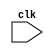
`timescale 1ns / 1ps
//////////////////////////////////////////////////////////////////////////////////
// Company: 
// Engineer: 
// 
// Design Name: 
// Module Name:    Matrix_Inverse_Verilog 
// Project Name: 
// Target Devices: 
// Tool versions: 
// Description: 
//
// Dependencies: 
//
// Revision: 
// Revision 0.01 - File Created
// Additional Comments: 
//
//////////////////////////////////////////////////////////////////////////////////
module Matrix_Inverse_Verilog(clk
    );
	 
	 
input clk;
reg [31:0] mat[49:0];
reg error_flag;
reg [31:0] temp;

initial begin
mat[0] = 1;
mat[1] = 0;
mat[2] = 0;
mat[3] = 0;
mat[4] = 1;
mat[5] = 1;
mat[6] = 0;
mat[7] = 0;
mat[8] = 0;
mat[9] = 0;
mat[10] = 0;
mat[11] = 1;
mat[12] = 3;
mat[13] = 0;
mat[14] = 0;
mat[15] = 0;
mat[16] = 1;
mat[17] = 0;
mat[18] = 0;
mat[19] = 0;
mat[20] = 0;
mat[21] = 0;
mat[22] = 1;
mat[23] = 0;
mat[24] = 0;
mat[25] = 0;
mat[26] = 0;
mat[27] = 1;
mat[28] = 0;
mat[29] = 0;
mat[30] = 0;
mat[31] = 1;
mat[32] = 0;
mat[33] = 1;
mat[34] = 0;
mat[35] = 0;
mat[36] = 0;
mat[37] = 0;
mat[38] = 1;
mat[39] = 0;
mat[40] = 0;
mat[41] = 0;
mat[42] = 0;
mat[43] = 0;
mat[44] = 1;
mat[45] = 0;
mat[46] = 0;
mat[47] = 0;
mat[48] = 0;
mat[49] = 1;
end

//Row1
always@(posedge clk)
begin
	if(mat[0] == 0)
	begin
		if(mat[10] == 0)
		begin
			if(mat[20] == 0)
			begin
				if(mat[30] == 0)
				begin
					if(mat[40] == 0)
					begin
						error_flag = 1'b1;
					end
					
					else
					begin
						temp = mat[40];
						mat[40]= mat[0];
						mat[0]=temp;
						
						
						temp = mat[41];
						mat[41]= mat[1];
						mat[1]=temp;
						
						
						temp = mat[42];
						mat[42]= mat[2];
						mat[2]=temp;
						
						
						temp = mat[43];
						mat[43]= mat[3];
						mat[3]=temp;
						
						
						temp = mat[44];
						mat[44]= mat[4];
						mat[4]=temp;
						
						
						temp = mat[45];
						mat[45]= mat[5];
						mat[5]=temp;
						
						
						temp = mat[46];
						mat[46]= mat[6];
						mat[6]=temp;
						
						
						temp = mat[47];
						mat[47]= mat[7];
						mat[7]=temp;
						
						
						temp = mat[48];
						mat[48]= mat[8];
						mat[8]=temp;
						
						
						temp = mat[49];
						mat[49]= mat[9];
						mat[9]=temp;
						
					end
				end
				
				else
				begin
						temp = mat[30];
						mat[30]= mat[0];
						mat[0]=temp;
						
						
						temp = mat[31];
						mat[31]= mat[1];
						mat[1]=temp;
						
						
						temp = mat[32];
						mat[32]= mat[2];
						mat[2]=temp;
						
						
						temp = mat[33];
						mat[33]= mat[3];
						mat[3]=temp;
						
						
						temp = mat[34];
						mat[34]= mat[4];
						mat[4]=temp;
						
						
						temp = mat[35];
						mat[35]= mat[5];
						mat[5]=temp;
						
						
						temp = mat[36];
						mat[36]= mat[6];
						mat[6]=temp;
						
						
						temp = mat[37];
						mat[37]= mat[7];
						mat[7]=temp;
						
						
						temp = mat[38];
						mat[38]= mat[8];
						mat[8]=temp;
						
						
						temp = mat[39];
						mat[39]= mat[9];
						mat[9]=temp;
				end
			end
			
			else
			begin
						temp = mat[20];
						mat[20]= mat[0];
						mat[0]=temp;
						
						
						temp = mat[21];
						mat[21]= mat[1];
						mat[1]=temp;
						
						
						temp = mat[22];
						mat[22]= mat[2];
						mat[2]=temp;
						
						
						temp = mat[23];
						mat[23]= mat[3];
						mat[3]=temp;
						
						
						temp = mat[24];
						mat[24]= mat[4];
						mat[4]=temp;
						
						
						temp = mat[25];
						mat[25]= mat[5];
						mat[5]=temp;
						
						
						temp = mat[26];
						mat[26]= mat[6];
						mat[6]=temp;
						
						
						temp = mat[27];
						mat[27]= mat[7];
						mat[7]=temp;
						
						
						temp = mat[28];
						mat[28]= mat[8];
						mat[8]=temp;
						
						
						temp = mat[29];
						mat[29]= mat[9];
						mat[9]=temp;
			end
		end
		
		else
		begin
						temp = mat[10];
						mat[10]= mat[0];
						mat[0]=temp;
						
						
						temp = mat[11];
						mat[11]= mat[1];
						mat[1]=temp;
						
						
						temp = mat[12];
						mat[12]= mat[2];
						mat[2]=temp;
						
						
						temp = mat[13];
						mat[13]= mat[3];
						mat[3]=temp;
						
						
						temp = mat[14];
						mat[14]= mat[4];
						mat[4]=temp;
						
						
						temp = mat[15];
						mat[15]= mat[5];
						mat[5]=temp;
						
						
						temp = mat[16];
						mat[16]= mat[6];
						mat[6]=temp;
						
						
						temp = mat[17];
						mat[17]= mat[7];
						mat[7]=temp;
						
						
						temp = mat[18];
						mat[18]= mat[8];
						mat[8]=temp;
						
						
						temp = mat[19];
						mat[19]= mat[9];
						mat[9]=temp;
		end	
	end


//Column 1 to be made zero


	
	mat[11] = mat[0] * mat[11] - mat[10] * mat[1];
	mat[12] = mat[0] * mat[12] - mat[10] * mat[2];
	mat[13] = mat[0] * mat[13] - mat[10] * mat[3];
	mat[14] = mat[0] * mat[14] - mat[10] * mat[4];
	mat[15] = mat[0] * mat[15] - mat[10] * mat[5];
	mat[16] = mat[0] * mat[16] - mat[10] * mat[6];
	mat[17] = mat[0] * mat[17] - mat[10] * mat[7];
	mat[18] = mat[0] * mat[18] - mat[10] * mat[8];
	mat[19] = mat[0] * mat[19] - mat[10] * mat[9];
	mat[10] = mat[0] * mat[10] - mat[10] * mat[0];
	
	
	mat[21] = mat[0] * mat[21] - mat[20] * mat[1];
	mat[22] = mat[0] * mat[22] - mat[20] * mat[2];
	mat[23] = mat[0] * mat[23] - mat[20] * mat[3];
	mat[24] = mat[0] * mat[24] - mat[20] * mat[4];
	mat[25] = mat[0] * mat[25] - mat[20] * mat[5];
	mat[26] = mat[0] * mat[26] - mat[20] * mat[6];
	mat[27] = mat[0] * mat[27] - mat[20] * mat[7];
	mat[28] = mat[0] * mat[28] - mat[20] * mat[8];
	mat[29] = mat[0] * mat[29] - mat[20] * mat[9];
	mat[20] = mat[0] * mat[20] - mat[20] * mat[0];

	
	mat[31] = mat[0] * mat[31] - mat[30] * mat[1];
	mat[32] = mat[0] * mat[32] - mat[30] * mat[2];
	mat[33] = mat[0] * mat[33] - mat[30] * mat[3];
	mat[34] = mat[0] * mat[34] - mat[30] * mat[4];
	mat[35] = mat[0] * mat[35] - mat[30] * mat[5];
	mat[36] = mat[0] * mat[36] - mat[30] * mat[6];
	mat[37] = mat[0] * mat[37] - mat[30] * mat[7];
	mat[38] = mat[0] * mat[38] - mat[30] * mat[8];
	mat[39] = mat[0] * mat[39] - mat[30] * mat[9];	
	mat[30] = mat[0] * mat[30] - mat[30] * mat[0];
	
	
	mat[41] = mat[0] * mat[41] - mat[40] * mat[1];
	mat[42] = mat[0] * mat[42] - mat[40] * mat[2];
	mat[43] = mat[0] * mat[43] - mat[40] * mat[3];
	mat[44] = mat[0] * mat[44] - mat[40] * mat[4];
	mat[45] = mat[0] * mat[45] - mat[40] * mat[5];
	mat[46] = mat[0] * mat[46] - mat[40] * mat[6];
	mat[47] = mat[0] * mat[47] - mat[40] * mat[7];
	mat[48] = mat[0] * mat[48] - mat[40] * mat[8];
	mat[49] = mat[0] * mat[49] - mat[40] * mat[9];
	mat[40] = mat[0] * mat[40] - mat[40] * mat[0];

//Row2
	if(mat[11] == 0)
	begin
		if(mat[21] == 0)
		begin
			if(mat[31] == 0)
			begin
				if(mat[41] == 0)
				begin
					error_flag = 1'b1;
				end
				
				else
				begin
						temp = mat[40];
						mat[40]= mat[10];
						mat[10]=temp;
						
						
						temp = mat[41];
						mat[41]= mat[11];
						mat[11]=temp;
						
						
						temp = mat[42];
						mat[42]= mat[12];
						mat[12]=temp;
						
						
						temp = mat[43];
						mat[43]= mat[13];
						mat[13]=temp;
						
						
						temp = mat[44];
						mat[44]= mat[14];
						mat[14]=temp;
						
						
						temp = mat[45];
						mat[45]= mat[15];
						mat[15]=temp;
						
						
						temp = mat[46];
						mat[46]= mat[16];
						mat[16]=temp;
						
						
						temp = mat[47];
						mat[47]= mat[17];
						mat[17]=temp;
						
						
						temp = mat[48];
						mat[48]= mat[18];
						mat[18]=temp;
						
						
						temp = mat[49];
						mat[49]= mat[19];
						mat[19]=temp;					
				end
			end
			
			else
			begin
					temp = mat[30];
					mat[30]= mat[10];
					mat[10]=temp;
					
					
					temp = mat[31];
					mat[31]= mat[11];
					mat[11]=temp;
					
					
					temp = mat[32];
					mat[32]= mat[12];
					mat[12]=temp;
					
					
					temp = mat[33];
					mat[33]= mat[13];
					mat[13]=temp;
					
					
					temp = mat[34];
					mat[34]= mat[14];
					mat[14]=temp;
					
					
					temp = mat[35];
					mat[35]= mat[15];
					mat[15]=temp;
					
					
					temp = mat[36];
					mat[36]= mat[16];
					mat[16]=temp;
					
					
					temp = mat[37];
					mat[37]= mat[17];
					mat[17]=temp;
					
					
					temp = mat[38];
					mat[38]= mat[18];
					mat[18]=temp;
					
					
					temp = mat[39];
					mat[39]= mat[19];
					mat[19]=temp;					
			end
		end
		
		else
		begin
			temp = mat[20];
			mat[20]= mat[10];
			mat[10]=temp;
			
			
			temp = mat[21];
			mat[21]= mat[11];
			mat[11]=temp;
			
			
			temp = mat[22];
			mat[22]= mat[12];
			mat[12]=temp;
			
			
			temp = mat[23];
			mat[23]= mat[13];
			mat[13]=temp;
			
			
			temp = mat[24];
			mat[24]= mat[14];
			mat[14]=temp;
			
			
			temp = mat[25];
			mat[25]= mat[15];
			mat[15]=temp;
			
			
			temp = mat[26];
			mat[26]= mat[16];
			mat[16]=temp;
			
			
			temp = mat[27];
			mat[27]= mat[17];
			mat[17]=temp;
			
			
			temp = mat[28];
			mat[28]= mat[18];
			mat[18]=temp;
			
			
			temp = mat[29];
			mat[29]= mat[19];
			mat[19]=temp;			
		end
	end


//Zeros in Column2
	mat[20] = 0;
	
	mat[22] = mat[11] * mat[22] - mat[21] * mat[12];
	mat[23] = mat[11] * mat[23] - mat[21] * mat[13];
	mat[24] = mat[11] * mat[24] - mat[21] * mat[14];
	mat[25] = mat[11] * mat[25] - mat[21] * mat[15];
	mat[26] = mat[11] * mat[26] - mat[21] * mat[16];
	mat[27] = mat[11] * mat[27] - mat[21] * mat[17];
	mat[28] = mat[11] * mat[28] - mat[21] * mat[18];
	mat[29] = mat[11] * mat[29] - mat[21] * mat[19];
	mat[21] = mat[11] * mat[21] - mat[21] * mat[11];
	
	mat[30] = 0;
	
	mat[32] = mat[11] * mat[32] - mat[31] * mat[12];
	mat[33] = mat[11] * mat[33] - mat[31] * mat[13];
	mat[34] = mat[11] * mat[34] - mat[31] * mat[14];
	mat[35] = mat[11] * mat[35] - mat[31] * mat[15];
	mat[36] = mat[11] * mat[36] - mat[31] * mat[16];
	mat[37] = mat[11] * mat[37] - mat[31] * mat[17];
	mat[38] = mat[11] * mat[38] - mat[31] * mat[18];
	mat[39] = mat[11] * mat[39] - mat[31] * mat[19];
	mat[31] = mat[11] * mat[31] - mat[31] * mat[11];
	
	mat[40] = 0;
	
	mat[42] = mat[11] * mat[42] - mat[41] * mat[12];
	mat[43] = mat[11] * mat[43] - mat[41] * mat[13];
	mat[44] = mat[11] * mat[44] - mat[41] * mat[14];
	mat[45] = mat[11] * mat[45] - mat[41] * mat[15];
	mat[46] = mat[11] * mat[46] - mat[41] * mat[16];
	mat[47] = mat[11] * mat[47] - mat[41] * mat[17];
	mat[48] = mat[11] * mat[48] - mat[41] * mat[18];
	mat[49] = mat[11] * mat[49] - mat[41] * mat[19];
	mat[41] = mat[11] * mat[41] - mat[41] * mat[11];

//Row3
	if(mat[22] == 0)
	begin
		if(mat[32] == 0)
		begin
			if(mat[42] == 0)
			begin
				error_flag = 1'b1;
			end
			
			else
			begin
				temp = mat[40];
				mat[40]= mat[20];
				mat[20]=temp;
				
				
				temp = mat[41];
				mat[41]= mat[21];
				mat[21]=temp;
				
				
				temp = mat[42];
				mat[42]= mat[22];
				mat[22]=temp;
				
				
				temp = mat[43];
				mat[43]= mat[23];
				mat[23]=temp;
				
				
				temp = mat[44];
				mat[44]= mat[24];
				mat[24]=temp;
				
				
				temp = mat[45];
				mat[45]= mat[25];
				mat[25]=temp;
				
				
				temp = mat[46];
				mat[46]= mat[26];
				mat[26]=temp;
				
				
				temp = mat[47];
				mat[47]= mat[27];
				mat[27]=temp;
				
				
				temp = mat[48];
				mat[48]= mat[28];
				mat[28]=temp;
				
				
				temp = mat[49];
				mat[49]= mat[29];
				mat[29]=temp;						
			end
		end
		
		else
		begin
			temp = mat[30];
			mat[30]= mat[20];
			mat[20]=temp;
			
			
			temp = mat[31];
			mat[31]= mat[21];
			mat[21]=temp;
			
			
			temp = mat[32];
			mat[32]= mat[22];
			mat[22]=temp;
			
			
			temp = mat[33];
			mat[33]= mat[23];
			mat[23]=temp;
			
			
			temp = mat[34];
			mat[34]= mat[24];
			mat[24]=temp;
			
			
			temp = mat[35];
			mat[35]= mat[25];
			mat[25]=temp;
			
			
			temp = mat[36];
			mat[36]= mat[26];
			mat[26]=temp;
			
			
			temp = mat[37];
			mat[37]= mat[27];
			mat[27]=temp;
			
			
			temp = mat[38];
			mat[38]= mat[28];
			mat[28]=temp;
			
			
			temp = mat[39];
			mat[39]= mat[29];
			mat[29]=temp;											
		end
	end

//Zeros in Column 3
	mat[30] = 0;
	mat[31] = 0;
	
	mat[33] = mat[22] * mat[33] - mat[32] * mat[23];
	mat[34] = mat[22] * mat[34] - mat[32] * mat[24];
	mat[35] = mat[22] * mat[35] - mat[32] * mat[25];
	mat[36] = mat[22] * mat[36] - mat[32] * mat[26];
	mat[37] = mat[22] * mat[37] - mat[32] * mat[27];
	mat[38] = mat[22] * mat[38] - mat[32] * mat[28];
	mat[39] = mat[22] * mat[39] - mat[32] * mat[29];
	mat[32] = mat[22] * mat[32] - mat[32] * mat[22];
	
	mat[40] = 0;
	mat[41] = 0;
	
	mat[43] = mat[22] * mat[43] - mat[42] * mat[23];
	mat[44] = mat[22] * mat[44] - mat[42] * mat[24];
	mat[45] = mat[22] * mat[45] - mat[42] * mat[25];
	mat[46] = mat[22] * mat[46] - mat[42] * mat[26];
	mat[47] = mat[22] * mat[47] - mat[42] * mat[27];
	mat[48] = mat[22] * mat[48] - mat[42] * mat[28];
	mat[49] = mat[22] * mat[49] - mat[42] * mat[29];	
	mat[42] = mat[22] * mat[42] - mat[42] * mat[22];

	if(mat[33] == 0)
	begin
		if(mat[43] == 0)
		begin
			error_flag = 1'b1;
		end
		
		else
		begin
			temp = mat[40];
			mat[40]= mat[30];
			mat[30]=temp;
			
			
			temp = mat[41];
			mat[41]= mat[31];
			mat[31]=temp;
			
			
			temp = mat[42];
			mat[42]= mat[32];
			mat[32]=temp;
			
			
			temp = mat[43];
			mat[43]= mat[33];
			mat[33]=temp;
			
			
			temp = mat[44];
			mat[44]= mat[34];
			mat[34]=temp;
			
			
			temp = mat[45];
			mat[45]= mat[35];
			mat[35]=temp;
			
			
			temp = mat[46];
			mat[46]= mat[36];
			mat[36]=temp;
			
			
			temp = mat[47];
			mat[47]= mat[37];
			mat[37]=temp;
			
			
			temp = mat[48];
			mat[48]= mat[38];
			mat[38]=temp;
			
			
			temp = mat[49];
			mat[49]= mat[39];
			mat[39]=temp;						
		end
	end

	mat[40] = 0;
	mat[41] = 0;
	mat[42] = 0;
	
	mat[44] = mat[33] * mat[44] - mat[43] * mat[34];
	mat[45] = mat[33] * mat[45] - mat[43] * mat[35];
	mat[46] = mat[33] * mat[46] - mat[43] * mat[36];
	mat[47] = mat[33] * mat[47] - mat[43] * mat[37];
	mat[48] = mat[33] * mat[48] - mat[43] * mat[38];
	mat[49] = mat[33] * mat[49] - mat[43] * mat[39];
	mat[43] = mat[33] * mat[43] - mat[43] * mat[33];
	
	if(mat[44] == 0)
	begin
		error_flag = 1'b1;
	end

//Zeros in the Column5
	
	mat[5] = mat[44] * mat[5] - mat[4] * mat[45];
	mat[6] = mat[44] * mat[6] - mat[4] * mat[46];
	mat[7] = mat[44] * mat[7] - mat[4] * mat[47];
	mat[8] = mat[44] * mat[8] - mat[4] * mat[48];
	mat[9] = mat[44] * mat[9] - mat[4] * mat[49];
	mat[4] = mat[44] * mat[4] - mat[4] * mat[44];
	
	
	mat[15] = mat[44] * mat[15] - mat[14] * mat[45];
	mat[16] = mat[44] * mat[16] - mat[14] * mat[46];
	mat[17] = mat[44] * mat[17] - mat[14] * mat[47];
	mat[18] = mat[44] * mat[18] - mat[14] * mat[48];
	mat[19] = mat[44] * mat[19] - mat[14] * mat[49];
	mat[14] = mat[44] * mat[14] - mat[14] * mat[44];
	
	mat[25] = mat[44] * mat[25] - mat[24] * mat[45];
	mat[26] = mat[44] * mat[26] - mat[24] * mat[46];
	mat[27] = mat[44] * mat[27] - mat[24] * mat[47];
	mat[28] = mat[44] * mat[28] - mat[24] * mat[48];
	mat[29] = mat[44] * mat[29] - mat[24] * mat[49];
	mat[24] = mat[44] * mat[24] - mat[24] * mat[44];
	
	mat[35] = mat[44] * mat[35] - mat[34] * mat[45];
	mat[36] = mat[44] * mat[36] - mat[34] * mat[46];
	mat[37] = mat[44] * mat[37] - mat[34] * mat[47];
	mat[38] = mat[44] * mat[38] - mat[34] * mat[48];
	mat[39] = mat[44] * mat[39] - mat[34] * mat[49];
	mat[34] = mat[44] * mat[34] - mat[34] * mat[44];
	
//Zeros in Column4
	mat[4] = 0;
	mat[5] = mat[33] * mat[5] - mat[3] * mat[35];
	mat[6] = mat[33] * mat[6] - mat[3] * mat[36];
	mat[7] = mat[33] * mat[7] - mat[3] * mat[37];
	mat[8] = mat[33] * mat[8] - mat[3] * mat[38];
	mat[9] = mat[33] * mat[9] - mat[3] * mat[39];
	mat[3] = mat[33] * mat[3] - mat[3] * mat[33];
	
	mat[14] = 0;
	mat[15] = mat[33] * mat[15] - mat[13] * mat[35];
	mat[16] = mat[33] * mat[16] - mat[13] * mat[36];
	mat[17] = mat[33] * mat[17] - mat[13] * mat[37];
	mat[18] = mat[33] * mat[18] - mat[13] * mat[38];
	mat[19] = mat[33] * mat[19] - mat[13] * mat[39];
	mat[13] = mat[33] * mat[13] - mat[13] * mat[33];
	
	mat[24] = 0;
	mat[25] = mat[33] * mat[25] - mat[23] * mat[35];
	mat[26] = mat[33] * mat[26] - mat[23] * mat[36];
	mat[27] = mat[33] * mat[27] - mat[23] * mat[37];
	mat[28] = mat[33] * mat[28] - mat[23] * mat[38];
	mat[29] = mat[33] * mat[29] - mat[23] * mat[39];
		
//Zeros in Columnn3
	mat[3] = 0;
	mat[4] = 0;
	mat[5] = mat[22] * mat[5] - mat[2] * mat[25];
	mat[6] = mat[22] * mat[6] - mat[2] * mat[26];
	mat[7] = mat[22] * mat[7] - mat[2] * mat[27];
	mat[8] = mat[22] * mat[8] - mat[2] * mat[28];
	mat[9] = mat[22] * mat[9] - mat[2] * mat[29];
	mat[2] = mat[22] * mat[2] - mat[2] * mat[22];
	
	mat[13] = 0;
	mat[14] = 0;
	mat[15] = mat[22] * mat[15] - mat[12] * mat[25];
	mat[16] = mat[22] * mat[16] - mat[12] * mat[26];
	mat[17] = mat[22] * mat[17] - mat[12] * mat[27];
	mat[18] = mat[22] * mat[18] - mat[12] * mat[28];
	mat[19] = mat[22] * mat[19] - mat[12] * mat[29];
	mat[12] = mat[22] * mat[12] - mat[12] * mat[22];
	
//Zeros in Column2
	mat[2] =0;
	mat[3] =0;
	mat[4] = 0;
	mat[5] = mat[11] * mat[5] - mat[1] * mat[15];
	mat[6] = mat[11] * mat[6] - mat[1] * mat[16];
	mat[7] = mat[11] * mat[7] - mat[1] * mat[17];
	mat[8] = mat[11] * mat[8] - mat[1] * mat[18];
	mat[9] = mat[11] * mat[9] - mat[1] * mat[19];
	mat[1] = mat[11] * mat[1] - mat[1] * mat[11];
	
end

endmodule